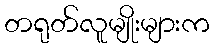
တရုတ်လူမျိုးများက